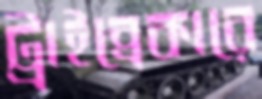
ট্রাইব্রেকারে